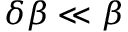
\delta \beta \ll \beta